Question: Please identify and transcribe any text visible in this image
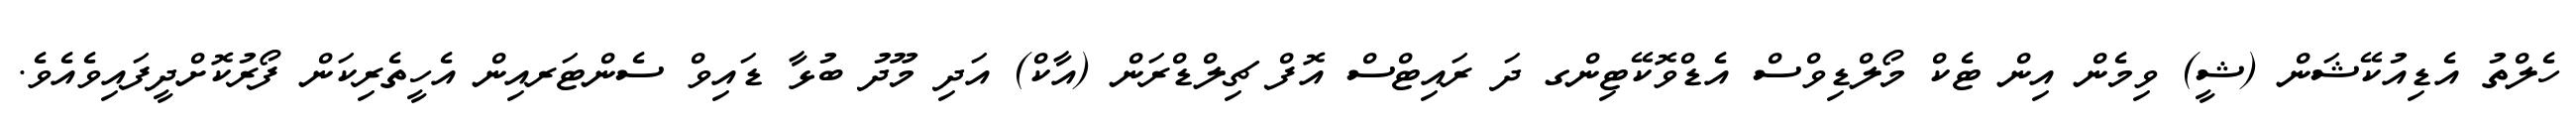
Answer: ހެލްތު އެޑިއުކޭޝަން (ޝީ) ވިމެން އިން ޓެކް މޯލްޑިވްސް އެޑްވޮކޭޓިންގ ދަ ރައިޓްސް އޮފް ޗިލްޑްރަން (އާކް) އަދި މޫދު ބުޅާ ޑައިވް ސެންޓަރއިން އެހީތެރިކަން ފޯރުކޮށްދީފައިވެއެވެ.